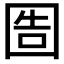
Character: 𡇪